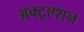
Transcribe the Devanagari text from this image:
अक्टूएशन